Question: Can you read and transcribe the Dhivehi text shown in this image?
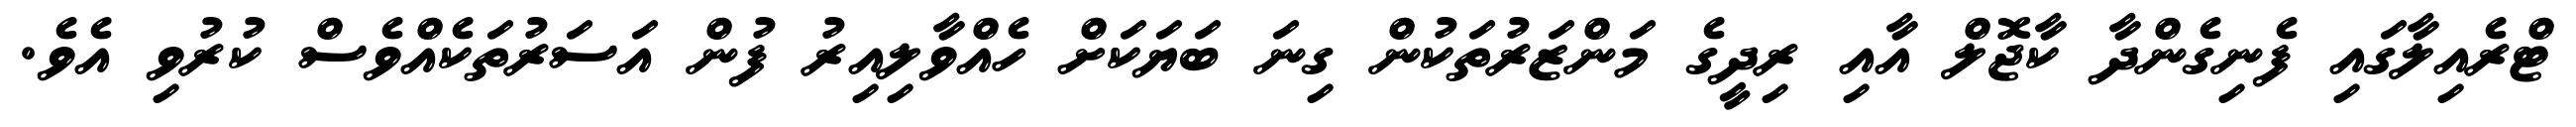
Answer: ޓްރެއިލާގައި ފެނިގެންދާ ކާޖޮލް އާއި ރިދީގެ މަންޒަރުތަކުން ގިނަ ބަޔަކަށް ހެއްވާލިއިރު ފުން އަސަރުތަކެއްވެސް ކުރުވި އެވެ.